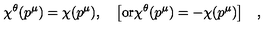
\chi ^ { \theta } ( p ^ { \mu } ) = \chi ( p ^ { \mu } ) , \quad \big [ \mathrm { o r } \chi ^ { \theta } ( p ^ { \mu } ) = - \chi ( p ^ { \mu } ) \big ] \quad ,